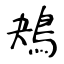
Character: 鴂